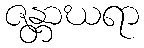
ဇန္တာဃရာ